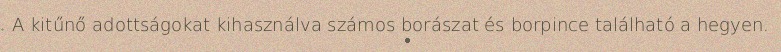
A kitűnő adottságokat kihasználva számos borászat és borpince található a hegyen.